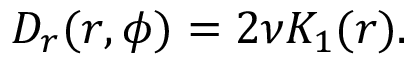
\begin{array} { r } { D _ { r } ( r , \phi ) = 2 \nu K _ { 1 } ( r ) . } \end{array}